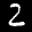
Label: 2